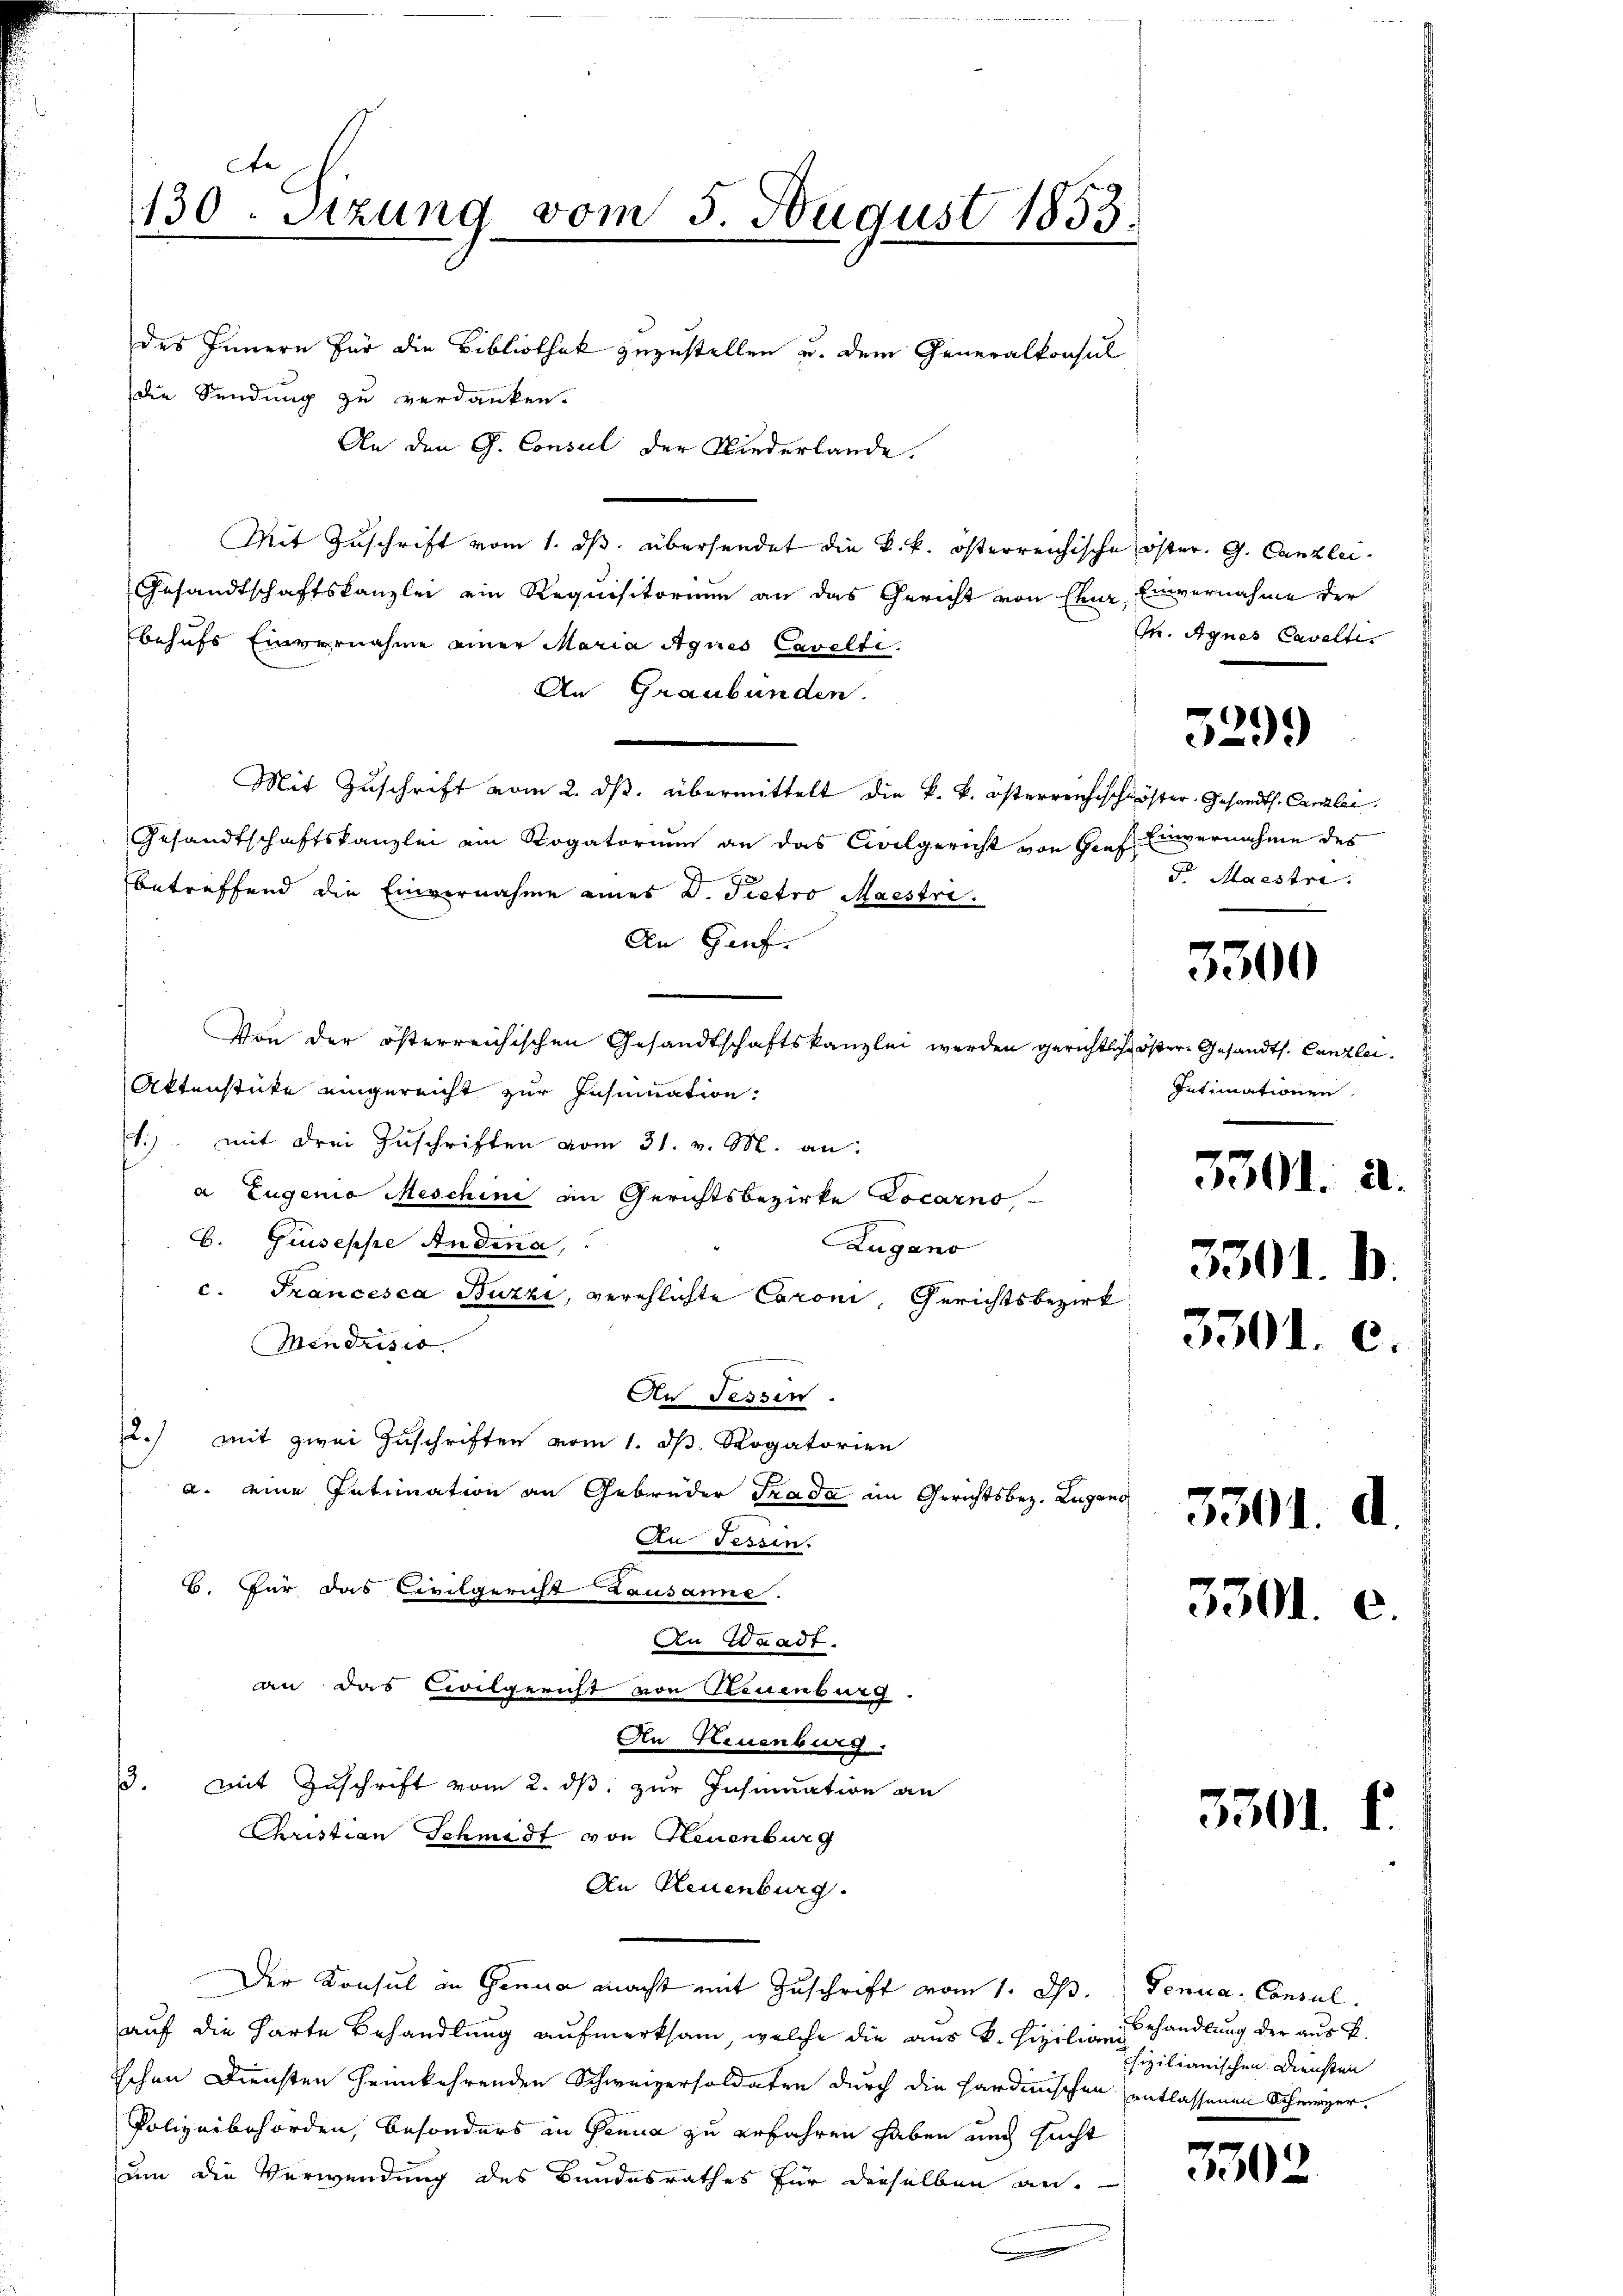
e
130. Sitzung vom 5. August 1853.

des Innern für die Bibliothek zuzustellen u. dem Generalkonsul
die Sendung zu verdanken.
An den G. Consul der Niederlande.
Mit Zuschrift vom 1. ds. übersendet die k. k. österreichische öster. G. Canzlei-
Gesandtschaftskanzlei ein Requisitorium an das Gericht von Chur Einvernahme der
behufs Einvernahme einer Maria Agnes Cavelti.
An Graubünden.
Mit Zuschrift vom 2. ds. übermittelt die k. k. österreichischwöster Gesandts. Canzlei.
Gesandtschaftskanzlei ein Rogatorium an das Civilgericht von Graf Einvernahme des
betreffend die Einvernahme eines D. Pietro Maestre.
An Hauf
Von der österreichischen Gesandtschaftskanzlei werden gerichtliche öster Gesandts. Canzlei
Aktenstücke eingereicht zur Insinuation:
t.) mit drei Zuschriften vom 31. v. M. an:
a Eugenio Meschini an Gerichtsbezirke Locarno
b. Giuseppe Andena,
Zugano
c. Francesca Buzzi, verschlichte Coroni, Gerichtsbezirk
Mendrisis.
An Fessen.
2.) mit zwei Zuschriften vom 1. d. Rogatorien
a. eine Intimation an Gebrüder Trada im Gerichtsbez. Lugano
An Tessin.
B. Für das Civilgericht Lausanne.
An Waadt.
an das Civilgericht von Steuenburg
An Neuenburg.
3. mit Zuschrift vom 2. ds. zur Insinuation an
Cristian Schmidt von Neuenburg
An Neuenburg.
Der Konsul in Genua macht mit Zuschrift vom 1. d. Genua, Consul
auf die harte Behandlung aufmerksam, welche die aus k. Fiziliansehandlung der aus k
schen Diensten heimkehrenden Schweizersoldaten durch die Hardinischen entlassenen Schweizer.
Polizeibehörden, besonders in Genua zu erfahren haben und sucht
um die Verwendung des Bundesrathes für dieselben an¬

M. Agnes Cavelte.

Maestre

Intimationen
5301. a.

3501. B.

)
529.

3300

3301.

3301.

3301.

3301.

3302

¬

fizilianischen Diensten

c.